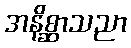
အနိစ္ဆာသညာ